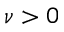
\nu > 0